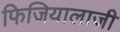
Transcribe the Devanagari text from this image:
फिजियालाजी